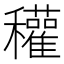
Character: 𥤊